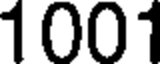
1001